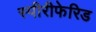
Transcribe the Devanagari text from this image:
स्पीरीफेरिड